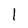
Character: l